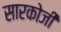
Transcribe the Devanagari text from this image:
सारकोजी